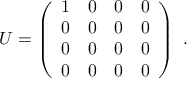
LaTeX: U = \left( \begin{array} { c c c c } { { 1 } } & { { 0 } } & { { 0 } } & { { 0 } } \\ { { 0 } } & { { 0 } } & { { 0 } } & { { 0 } } \\ { { 0 } } & { { 0 } } & { { 0 } } & { { 0 } } \\ { { 0 } } & { { 0 } } & { { 0 } } & { { 0 } } \end{array} \right) ~ .